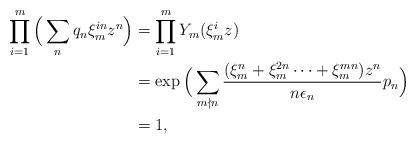
LaTeX: \begin{align*}\prod_{i=1}^m\Big(\sum_{n}q_n\xi_m^{in}z^n\Big)&=\prod_{i=1}^{m}Y_m(\xi_m^i z)\\ &=\exp\Big(\sum_{m\nmid n}\frac{(\xi_m^{n}+\xi_m^{2n}\dotsm+\xi_m^{mn})z^n}{n\epsilon_n}p_n\Big)\\ &=1,\end{align*}